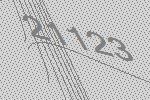
21123